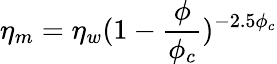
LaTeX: \eta_{m}=\eta_{w}(1-\frac{\phi}{\phi_{c}})^{-2.5\phi_{c}}